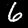
Digit: 6